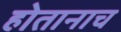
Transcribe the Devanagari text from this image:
होतानाच